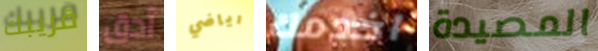
قريبك أدق رياضي اخدمك المصيدة